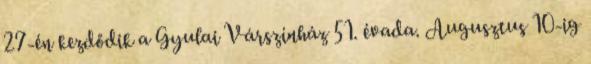
27-én kezdődik a Gyulai Várszínház 51. évada. Augusztus 10-ig